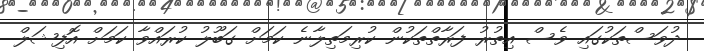
ދުވަސްތަކުގައި ވެސް އިތުރު ފަރާތްތަކުން ކުރިމަތިލާނެ ކަމަށް ގަބޫލު ކުރައްވާ ކަމަށް އޮފިޝަލް